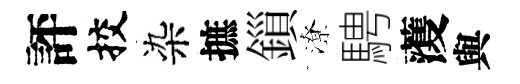
評挍染摭鎻潦騁𮑮與